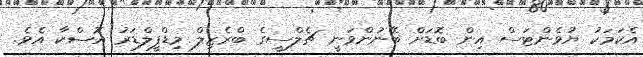
އެކަމަކު ޔުވެންޓަސް އިން ބޮޑަށް ބޭނުންވަނީ ޗެލްސީގެ ބްރެޒިލް މިޑްފީލްޑަރު އޮސްކާ އެވެ.